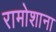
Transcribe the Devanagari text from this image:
रामोशाना